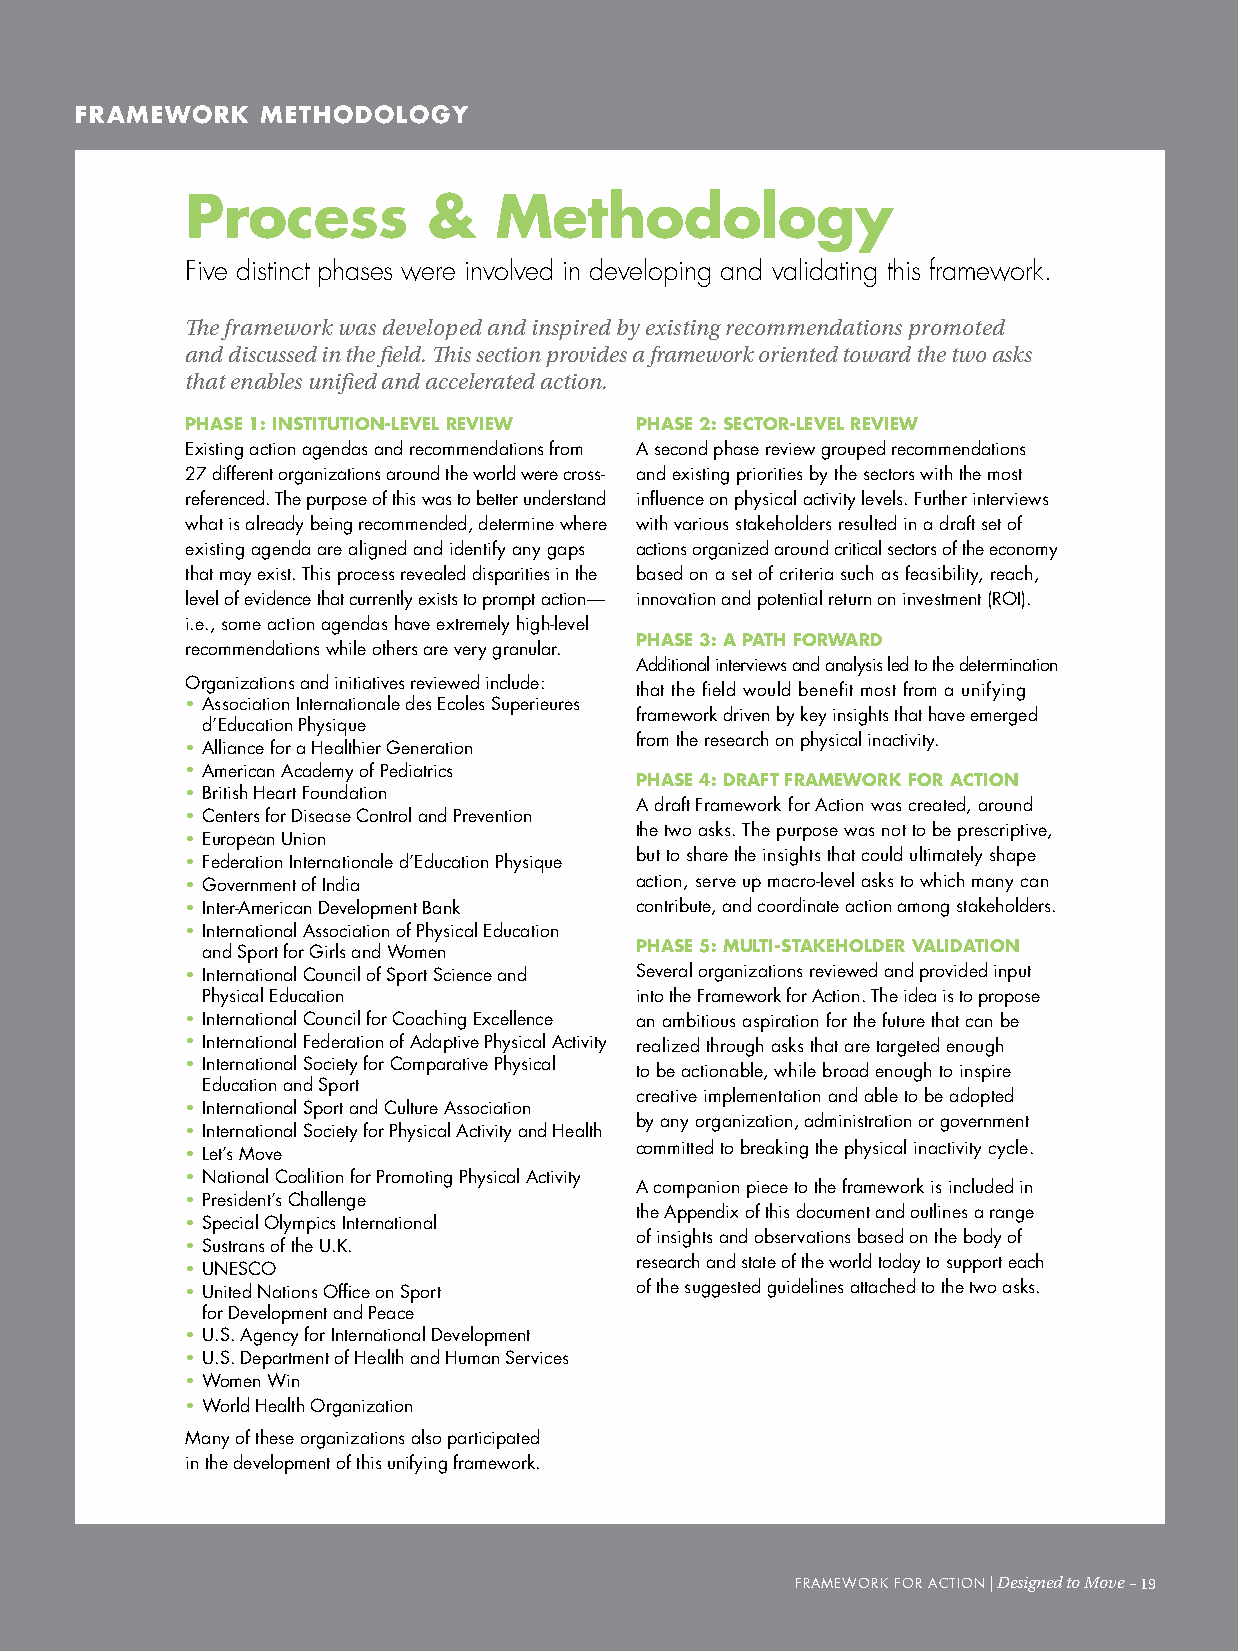
frAmework   meTHoDoLogY
 Process         &    methodology
 Five distinct phases were involved in developing and validating this framework.
 The framework was developed and inspired by existing recommendations promoted
 and discussed in the field. This section provides a framework oriented toward the two asks
 that enables unified and accelerated action.
 PHASe 1: INSTITUTIoN-LeVeL reVIew PHASe 2: SeCTor-LeVeL reVIew
 existing action agendas and recommendations from a second phase review grouped recommendations
 27 different organizations around the world were cross- and existing priorities by the sectors with the most
 referenced. The purpose of this was to better understand influence on physical activity levels. Further interviews
 what is already being recommended, determine where with various stakeholders resulted in a draft set of
 existing agenda are aligned and identify any gaps actions organized around critical sectors of the economy
 that may exist. This process revealed disparities in the based on a set of criteria such as feasibility, reach,
 level of evidence that currently exists to prompt action— innovation and potential return on investment (roI).
 i.e., some action agendas have extremely high-level
 PHASe 3: A PATH forwArD
 recommendations while others are very granular.
 additional interviews and analysis led to the determination
 organizations and initiatives reviewed include:
 that the field would benefit most from a unifying
 • association Internationale des ecoles Superieures
 framework driven by key insights that have emerged
 d’education Physique
 from the research on physical inactivity.
 • alliance for a Healthier Generation
 • american academy of Pediatrics
 PHASe 4: DrAfT frAmework for ACTIoN
 • British Heart Foundation
 a draft Framework for action was created, around
 • centers for Disease control and Prevention
 the two asks. The purpose was not to be prescriptive,
 • european Union
 but to share the insights that could ultimately shape
 • Federation Internationale d’education Physique
 • Government of India         action, serve up macro-level asks to which many can
 • Inter-american Development Bank contribute, and coordinate action among stakeholders.
 • International association of Physical education
 and Sport for Girls and women PHASe 5: mULTI-STAkeHoLDer VALIDATIoN
 • International council of Sport Science and Several organizations reviewed and provided input
 Physical education           into the Framework for action. The idea is to propose
 • International council for coaching excellence an ambitious aspiration for the future that can be
 • International Federation of adaptive Physical activity realized through asks that are targeted enough
 • International Society for comparative Physical to be actionable, while broad enough to inspire
 education and Sport
 creative implementation and able to be adopted
 • International Sport and culture association
 by any organization, administration or government
 • International Society for Physical activity and Health
 • Let’s move                  committed to breaking the physical inactivity cycle.
 • national coalition for Promoting Physical activity
 a companion piece to the framework is included in
 • President’s challenge
 the appendix of this document and outlines a range
 • Special olympics International
 of insights and observations based on the body of
 • Sustrans of the U.k.
 research and state of the world today to support each
 • UneSco
 • United nations office on Sport of the suggested guidelines attached to the two asks.
 for Development and Peace
 • U.S. agency for International Development
 • U.S. Department of Health and Human Services
 • women win
 • world Health organization
 many of these organizations also participated
 in the development of this unifying framework.
 FFrraammeewwoorrkk FFoorr aaccTTIIoonn || DDeessiiggnneedd ttoo MMoovvee ––1199